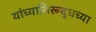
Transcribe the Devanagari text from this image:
यांच्याविरूद्धच्या